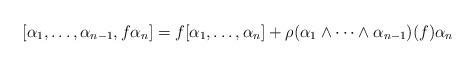
LaTeX: \begin{align*}[\alpha_1,\ldots, \alpha_{n-1}, f \alpha_n] = f [\alpha_1, \ldots, \alpha_n] + \rho (\alpha_1 \wedge \cdots \wedge \alpha_{n-1}) (f) \alpha_n\end{align*}